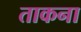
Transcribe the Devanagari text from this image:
ताकना